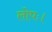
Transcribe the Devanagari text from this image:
लोपः।